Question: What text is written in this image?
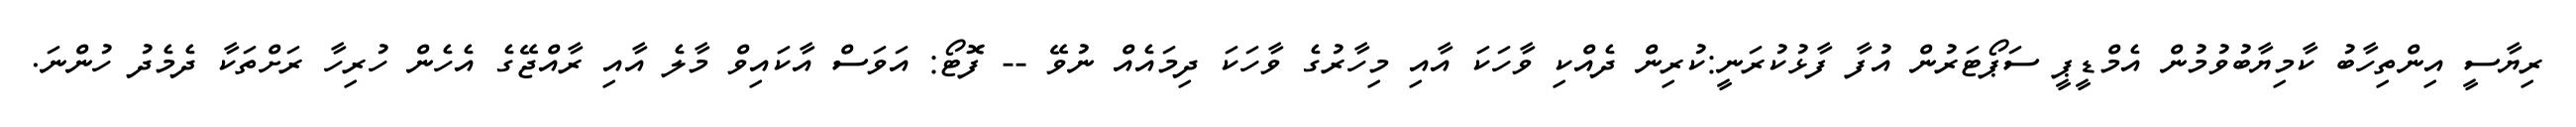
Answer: ރިޔާސީ އިންތިހާބު ކާމިޔާބުވުމުން އެމްޑީޕީ ސަޕޯޓަރުން އުފާ ފާޅުކުރަނީ:ކުރިން ދެއްކި ވާހަކަ އާއި މިހާރުގެ ވާހަކަ ދިމައެއް ނުވޭ -- ފޮޓޯ: އަވަސް އާކައިވް މާލެ އާއި ރާއްޖޭގެ އެހެން ހުރިހާ ރަށްތަކާ ދެމެދު ހުންނަ.